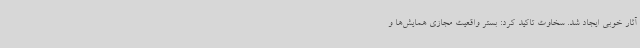
آثار خوبی ایجاد شد. سخاوت تاکید کرد: بستر واقعیت مجازی همایش‌ها و